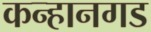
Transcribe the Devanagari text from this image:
कन्हानगड